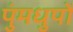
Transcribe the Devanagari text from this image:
पुंमधुपों